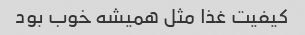
کیفیت غذا مثل همیشه خوب بود